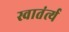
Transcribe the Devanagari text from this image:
स्वातंर्त्य